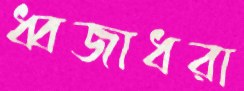
ধ্বজাধরা